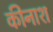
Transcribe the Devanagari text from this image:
कीनाश